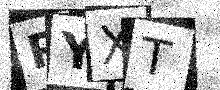
Text: RYXT